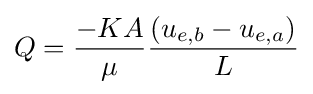
Q={\frac {-KA}{\mu }}{\frac {(u_{e,b}-u_{e,a})}{L}}